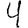
Digit: 4